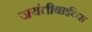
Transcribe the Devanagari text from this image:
जयंतीबाईंच्या